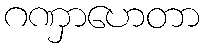
ဂဏှာဟေတာ